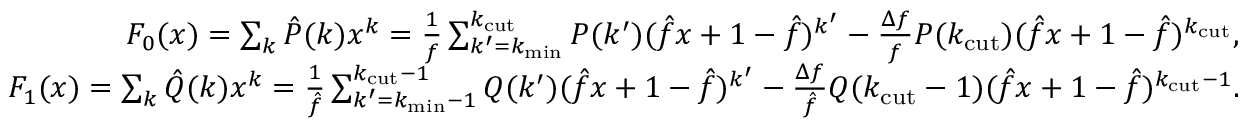
\begin{array} { r } { F _ { 0 } ( x ) = \sum _ { k } \hat { P } ( k ) x ^ { k } = \frac { 1 } { f } \sum _ { k ^ { \prime } = k _ { \mathrm { m i n } } } ^ { k _ { \mathrm { c u t } } } P ( k ^ { \prime } ) ( \hat { f } x + 1 - \hat { f } ) ^ { k ^ { \prime } } - \frac { \Delta f } { f } P ( k _ { \mathrm { c u t } } ) ( \hat { f } x + 1 - \hat { f } ) ^ { k _ { \mathrm { c u t } } } , } \\ { F _ { 1 } ( x ) = \sum _ { k } \hat { Q } ( k ) x ^ { k } = \frac { 1 } { \hat { f } } \sum _ { k ^ { \prime } = k _ { \mathrm { m i n } } - 1 } ^ { k _ { \mathrm { c u t } } - 1 } Q ( k ^ { \prime } ) ( \hat { f } x + 1 - \hat { f } ) ^ { k ^ { \prime } } - \frac { \Delta f } { \hat { f } } Q ( k _ { \mathrm { c u t } } - 1 ) ( \hat { f } x + 1 - \hat { f } ) ^ { k _ { \mathrm { c u t } } - 1 } . } \end{array}